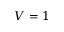
V = 1